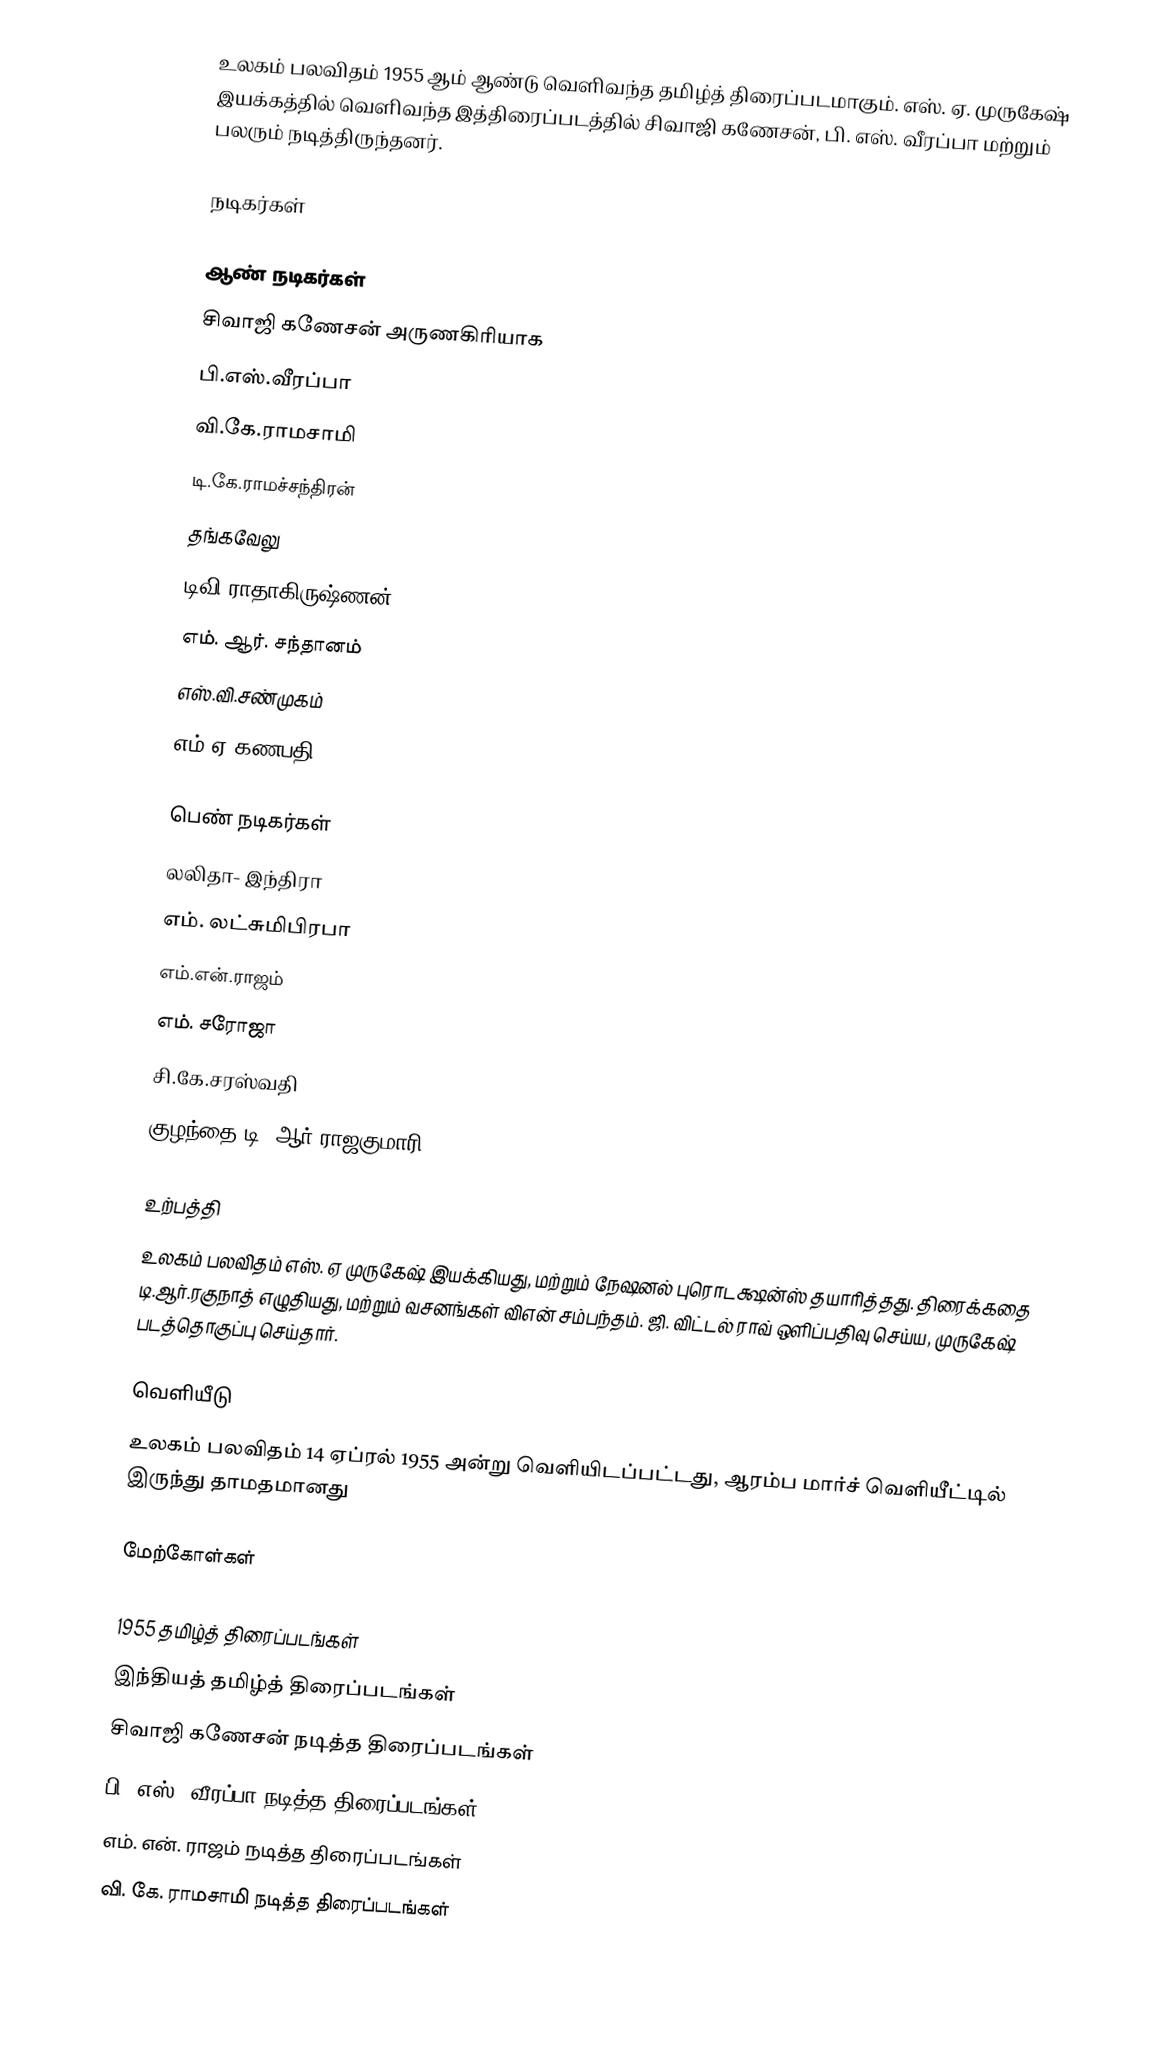
உலகம் பலவிதம் 1955 ஆம் ஆண்டு வெளிவந்த தமிழ்த் திரைப்படமாகும். எஸ். ஏ. முருகேஷ் இயக்கத்தில் வெளிவந்த இத்திரைப்படத்தில் சிவாஜி கணேசன், பி. எஸ். வீரப்பா மற்றும் பலரும் நடித்திருந்தனர்.

நடிகர்கள்

ஆண் நடிகர்கள்
 சிவாஜி கணேசன் அருணகிரியாக
 பி.எஸ்.வீரப்பா
 வி.கே.ராமசாமி
 டி.கே.ராமச்சந்திரன்
 தங்கவேலு
 டிவி ராதாகிருஷ்ணன்
 எம். ஆர். சந்தானம்
 எஸ்.வி.சண்முகம்
 எம்.ஏ கணபதி

பெண் நடிகர்கள்
 லலிதா-  இந்திரா
 எம். லட்சுமிபிரபா
 எம்.என்.ராஜம்
 எம். சரோஜா
 சி.கே.சரஸ்வதி
 குழந்தை டி. ஆர் ராஜகுமாரி

உற்பத்தி
உலகம் பலவிதம் எஸ். ஏ முருகேஷ் இயக்கியது, மற்றும் நேஷனல் புரொடக்ஷன்ஸ் தயாரித்தது. திரைக்கதை டி.ஆர்.ரகுநாத் எழுதியது, மற்றும் வசனங்கள் விஎன் சம்பந்தம். ஜி. விட்டல் ராவ் ஒளிப்பதிவு செய்ய, முருகேஷ் படத்தொகுப்பு செய்தார்.

வெளியீடு
உலகம் பலவிதம் 14 ஏப்ரல் 1955 அன்று வெளியிடப்பட்டது,  ஆரம்ப மார்ச் வெளியீட்டில் இருந்து தாமதமானது

மேற்கோள்கள்

1955 தமிழ்த் திரைப்படங்கள்
இந்தியத் தமிழ்த் திரைப்படங்கள்
சிவாஜி கணேசன் நடித்த திரைப்படங்கள்
பி. எஸ். வீரப்பா நடித்த திரைப்படங்கள்
எம். என். ராஜம் நடித்த திரைப்படங்கள்
வி. கே. ராமசாமி நடித்த திரைப்படங்கள்